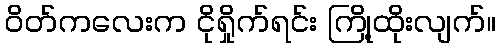
ဝိတ်ကလေးက ငိုရှိုက်ရင်း ကြို့ထိုးလျက်။